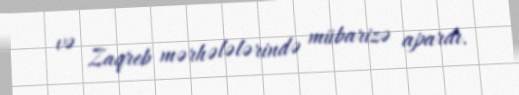
və Zaqreb mərhələlərində mübarizə apardı.